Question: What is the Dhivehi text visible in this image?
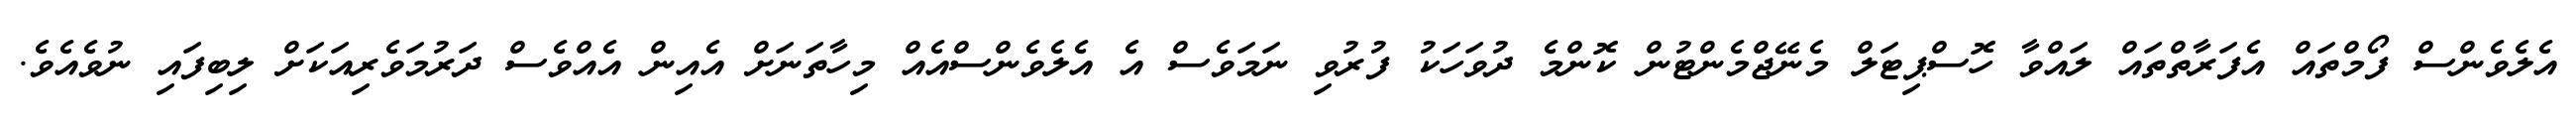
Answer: އެލެވެންސް ފޯމްތައް އެފަރާތްތައް ލައްވާ ހޮސްޕިޓަލް މެނޭޖްމެންޓުން ކޮންމެ ދުވަހަކު ފުރުވި ނަމަވެސް އެ އެލެވެންސްއެއް މިހާތަނަށް އެއިން އެއްވެސް ދަރުމަވެރިއަކަށް ލިބިފައި ނުވެއެވެ.